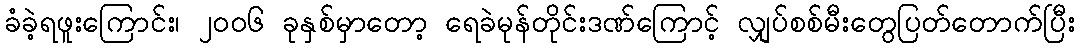
ခံခဲ့ရဖူးကြောင်း၊ ၂၀၀၆ ခုနှစ်မှာတော့ ရေခဲမုန်တိုင်းဒဏ်ကြောင့် လျှပ်စစ်မီးတွေပြတ်တောက်ပြီး